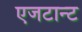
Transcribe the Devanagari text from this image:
एजटान्ट